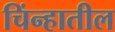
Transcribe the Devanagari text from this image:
चिंन्हातील